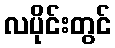
လပိုင်းတွင်